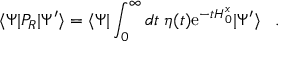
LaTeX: \langle \Psi | P _ { R } | \Psi ^ { \prime } \rangle = \langle \Psi | \int _ { 0 } ^ { \infty } d t \; \eta ( t ) \mathrm { e } ^ { - t H _ { 0 } ^ { x } } | \Psi ^ { \prime } \rangle \; \; \; .